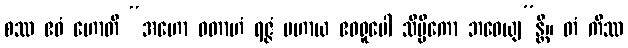
စဿ ဧဝံ ဟောတိ “အဟော ဝတာဟံ ရဇ္ဇံ ပဟာယ ဧဝရူပေါ သိပ္ပိကော ဘဝေယျ”န္တိ။ တံ ကိဿ